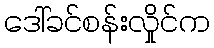
ဒေါ်ခင်စန်းလှိုင်က